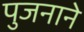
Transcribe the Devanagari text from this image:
पुजनाने